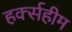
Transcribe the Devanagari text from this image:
हर्क्सहीम